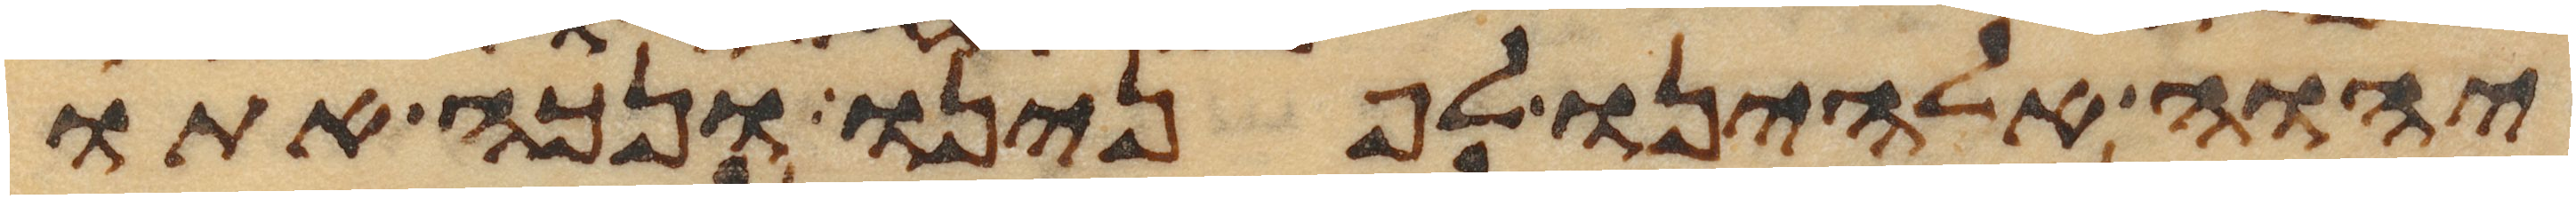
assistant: יהוה אלהינו לפנינו ונכה אתו